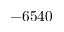
- 6 5 4 0